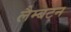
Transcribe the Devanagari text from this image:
लैम्बटन